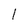
Character: l